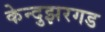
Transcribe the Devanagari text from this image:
केन्दुझरगड